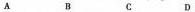
A B C D